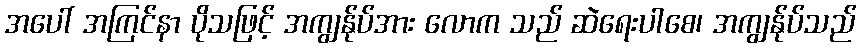
အပေါ် အကြင်နာ ပိုသဖြင့် အကျွန်ုပ်အား လောက သည် ဆဲရေးပါစေ၊ အကျွန်ုပ်သည်